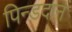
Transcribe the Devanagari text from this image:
पिन्डदान